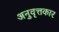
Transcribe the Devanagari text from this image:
अनुवृत्तकार